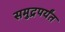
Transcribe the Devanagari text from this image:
समुद्रपर्यंत